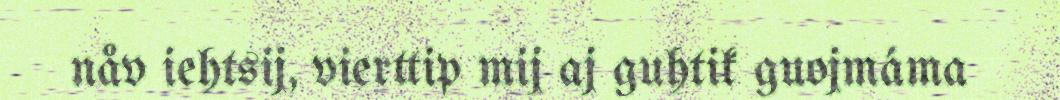
nåv iehtsij, vierttip mij aj guhtik guojmáma